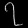
Digit: ၇